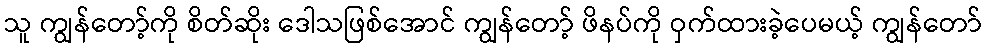
သူ ကျွန်တော့်ကို စိတ်ဆိုး ဒေါသဖြစ်အောင် ကျွန်တော့် ဖိနပ်ကို ဝှက်ထားခဲ့ပေမယ့် ကျွန်တော်